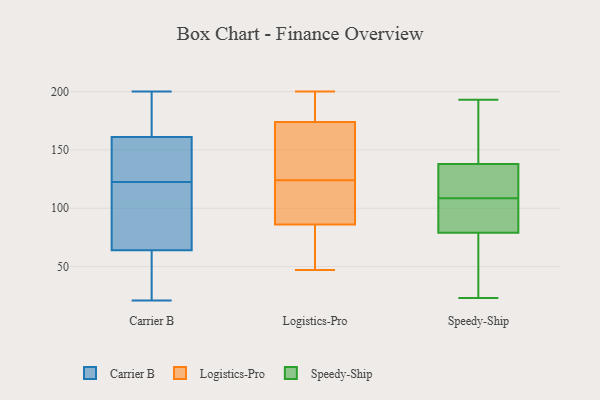
{"axis": {"x": "Revenue (USD Million)", "y": "Value"}, "legend": ["Carrier B", "Logistics-Pro", "Speedy-Ship"], "data": [{"x": "", "y": 131, "type": "Carrier B"}, {"x": "", "y": 28, "type": "Carrier B"}, {"x": "", "y": 64, "type": "Carrier B"}, {"x": "", "y": 188, "type": "Carrier B"}, {"x": "", "y": 120, "type": "Carrier B"}, {"x": "", "y": 161, "type": "Carrier B"}, {"x": "", "y": 131, "type": "Carrier B"}, {"x": "", "y": 160, "type": "Carrier B"}, {"x": "", "y": 89, "type": "Carrier B"}, {"x": "", "y": 125, "type": "Carrier B"}, {"x": "", "y": 114, "type": "Carrier B"}, {"x": "", "y": 40, "type": "Carrier B"}, {"x": "", "y": 96, "type": "Carrier B"}, {"x": "", "y": 200, "type": "Carrier B"}, {"x": "", "y": 56, "type": "Carrier B"}, {"x": "", "y": 194, "type": "Carrier B"}, {"x": "", "y": 192, "type": "Carrier B"}, {"x": "", "y": 21, "type": "Carrier B"}, {"x": "", "y": 122, "type": "Logistics-Pro"}, {"x": "", "y": 83, "type": "Logistics-Pro"}, {"x": "", "y": 182, "type": "Logistics-Pro"}, {"x": "", "y": 124, "type": "Logistics-Pro"}, {"x": "", "y": 176, "type": "Logistics-Pro"}, {"x": "", "y": 129, "type": "Logistics-Pro"}, {"x": "", "y": 168, "type": "Logistics-Pro"}, {"x": "", "y": 80, "type": "Logistics-Pro"}, {"x": "", "y": 200, "type": "Logistics-Pro"}, {"x": "", "y": 95, "type": "Logistics-Pro"}, {"x": "", "y": 47, "type": "Logistics-Pro"}, {"x": "", "y": 138, "type": "Speedy-Ship"}, {"x": "", "y": 129, "type": "Speedy-Ship"}, {"x": "", "y": 193, "type": "Speedy-Ship"}, {"x": "", "y": 89, "type": "Speedy-Ship"}, {"x": "", "y": 174, "type": "Speedy-Ship"}, {"x": "", "y": 23, "type": "Speedy-Ship"}, {"x": "", "y": 102, "type": "Speedy-Ship"}, {"x": "", "y": 118, "type": "Speedy-Ship"}, {"x": "", "y": 44, "type": "Speedy-Ship"}, {"x": "", "y": 35, "type": "Speedy-Ship"}, {"x": "", "y": 158, "type": "Speedy-Ship"}, {"x": "", "y": 79, "type": "Speedy-Ship"}, {"x": "", "y": 101, "type": "Speedy-Ship"}, {"x": "", "y": 115, "type": "Speedy-Ship"}]}